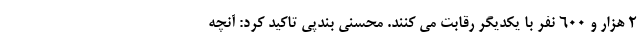
۲ هزار و ۶۰۰ نفر با یکدیگر رقابت می کنند. محسنی بندپی تاکید کرد: آنچه